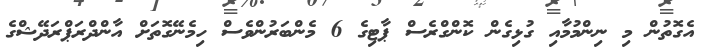
އެގޮތުން މި ނިންމުމާއި ގުޅިގެން ކޮންގްރެސް ޕާޓިގެ 6 މެންބަރުންވެސް ހިމެނޭގޮތަށް އާންދްރަޕްރަދޭޝްގެ